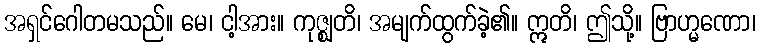
အရှင်ဂေါတမသည်။ မေ၊ ငါ့အား။ ကုဇ္ဈတိ၊ အမျက်ထွက်ခဲ့၏။ ဣတိ၊ ဤသို့။ ဗြာဟ္မဏော၊